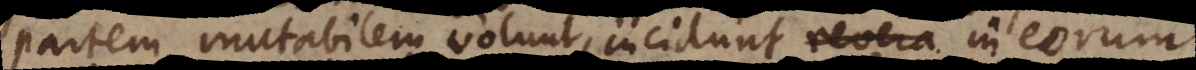
partem mutabilem volunt, incidunt revera in eorum